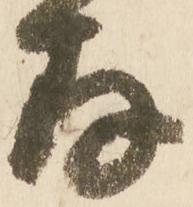
存